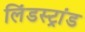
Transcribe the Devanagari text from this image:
लिंडस्ट्रांड